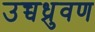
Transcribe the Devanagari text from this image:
उच्चध्रुवण